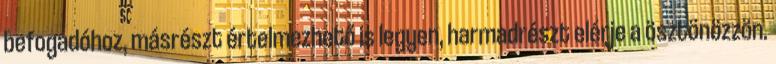
befogadóhoz, másrészt értelmezhető is legyen, harmadrészt elérje a ösztönözzön.